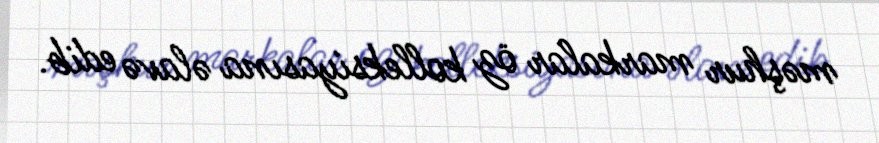
məşhur markalar öz kolleksiyasına əlavə edib.